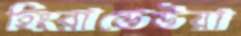
হিংরাডেউয়া